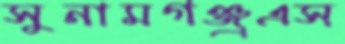
সুনামগঞ্জ্রএস